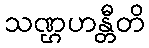
သဏ္ဌဟန္တီတိ